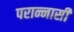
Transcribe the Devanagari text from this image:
परान्नासी